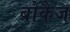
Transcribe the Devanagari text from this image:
बोकैज